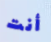
أنت